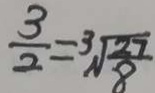
\frac { 3 } { 2 } = \sqrt [ 3 ] { \frac { 2 7 } { 8 } }